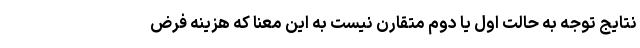
نتایج توجه به حالت اول یا دوم متقارن نیست به این معنا که هزینه فرض